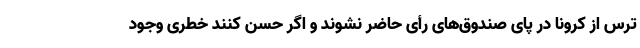
ترس از کرونا در پای صندوق‌های رأی حاضر نشوند و اگر حسن کنند خطری وجود